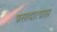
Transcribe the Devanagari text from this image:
प्रसादात्प्राप्त